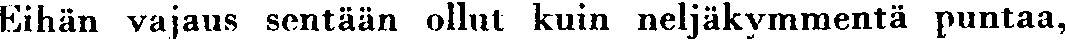
Eihän vajaus sentään ollut kuin neljäkymmentä puntaa,